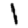
Digit: 1